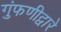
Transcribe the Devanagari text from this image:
गुंफणीद्वारे